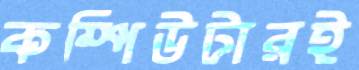
কম্পিউটারই